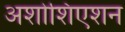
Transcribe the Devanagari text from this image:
अशोशिएशन